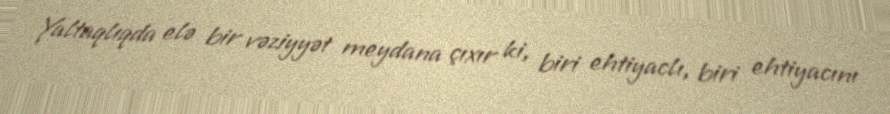
Yaltaqlıqda elə bir vəziyyət meydana çıxır ki, biri ehtiyaclı, biri ehtiyacını